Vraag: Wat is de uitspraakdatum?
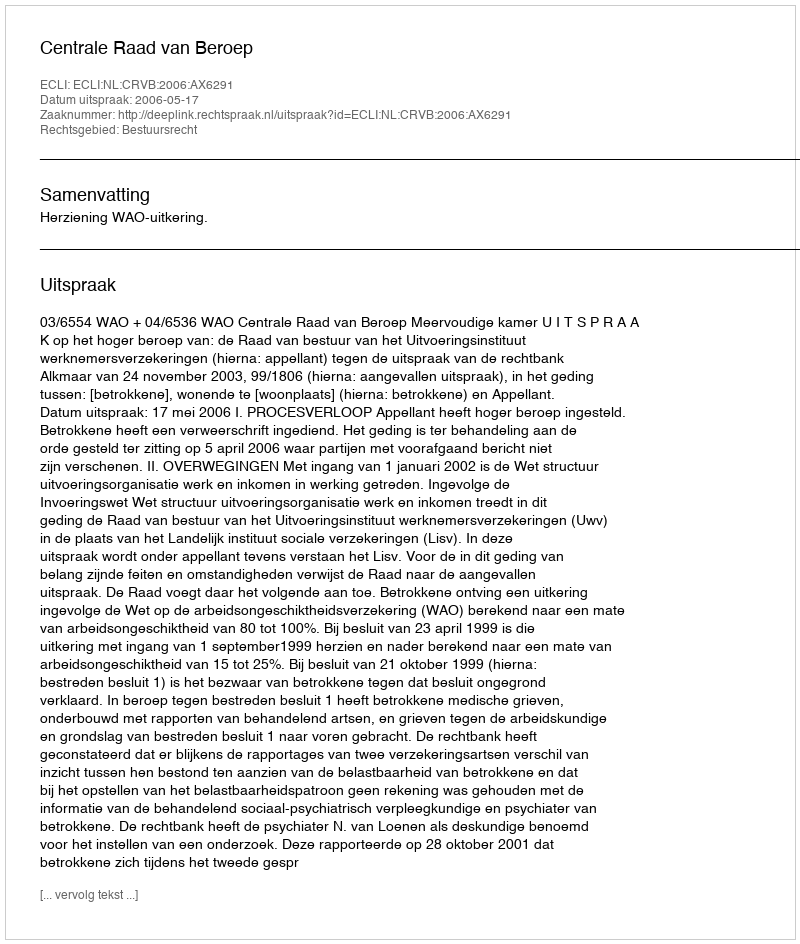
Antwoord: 2006-05-17